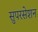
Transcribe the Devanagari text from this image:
सुपरसेशन